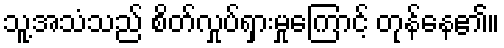
သူ့အသံသည် စိတ်လှုပ်ရှားမှုကြောင့် တုန်နေ၏။